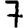
Digit: 7